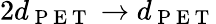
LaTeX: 2d_{\mathrm{~P~E~T~}}\rightarrow d_{\mathrm{~P~E~T~}}